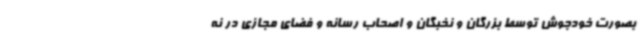
بصورت خودجوش توسط بزرگان و نخبگان و اصحاب رسانه و فضای مجازی در نه